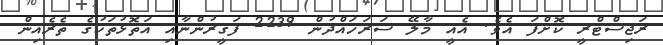
ރަޖިސްޓްރީ ކޮށްފަ އެވެ. އެއީ މާލޭ ސަރަހައްދުން 2239 ފަގީރުންނާއި އަތޮޅުތަކުގެ ތެރެއިން